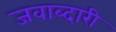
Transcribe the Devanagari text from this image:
जवाब्दारी